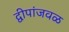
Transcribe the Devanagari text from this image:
द्वीपांजवळ